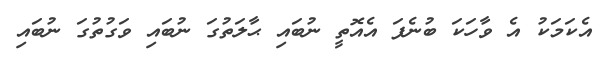
އެކަމަކު އެ ވާހަކަ ބުނެފަ އެއޮތީ ނުބައި ޙާލަތުގަ ނުބައި ވަގުތުގަ ނުބައި